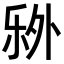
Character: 𬼏